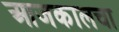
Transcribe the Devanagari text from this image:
आजकालचा